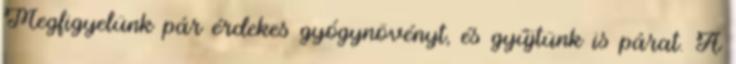
Megfigyelünk pár érdekes gyógynövényt, és gyűjtünk is párat. A